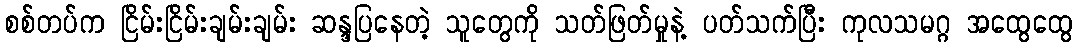
စစ်တပ်က ငြိမ်းငြိမ်းချမ်းချမ်း ဆန္ဒပြနေတဲ့ သူတွေကို သတ်ဖြတ်မှုနဲ့ ပတ်သက်ပြီး ကုလသမဂ္ဂ အထွေထွေ